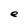
Character: e